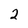
Character: 2